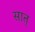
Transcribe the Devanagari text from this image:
सात्